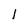
Character: 1